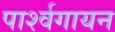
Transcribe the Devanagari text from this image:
पार्श्‍वगायन